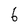
Character: 6